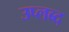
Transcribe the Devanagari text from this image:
उप्लब्द